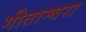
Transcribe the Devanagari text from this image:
गीताम्बरा